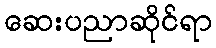
ဆေးပညာဆိုင်ရာ